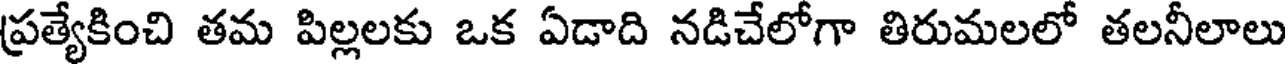
ప్రత్యేకించి తమ పిల్లలకు ఒక ఏడాది నడిచేలోగా తిరుమలలో తలనీలాలు